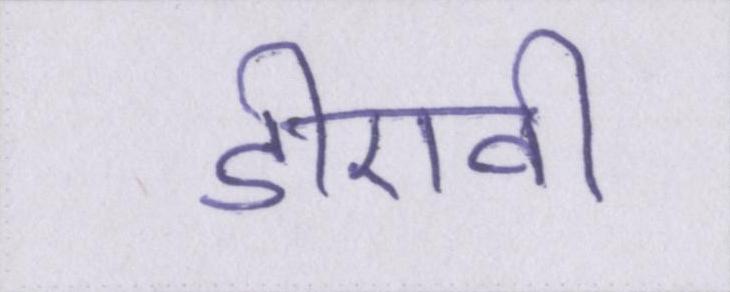
डीएवी